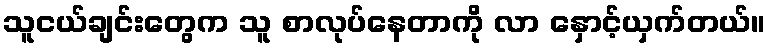
သူငယ်ချင်းတွေက သူ စာလုပ်နေတာကို လာ နှောင့်ယှက်တယ်။